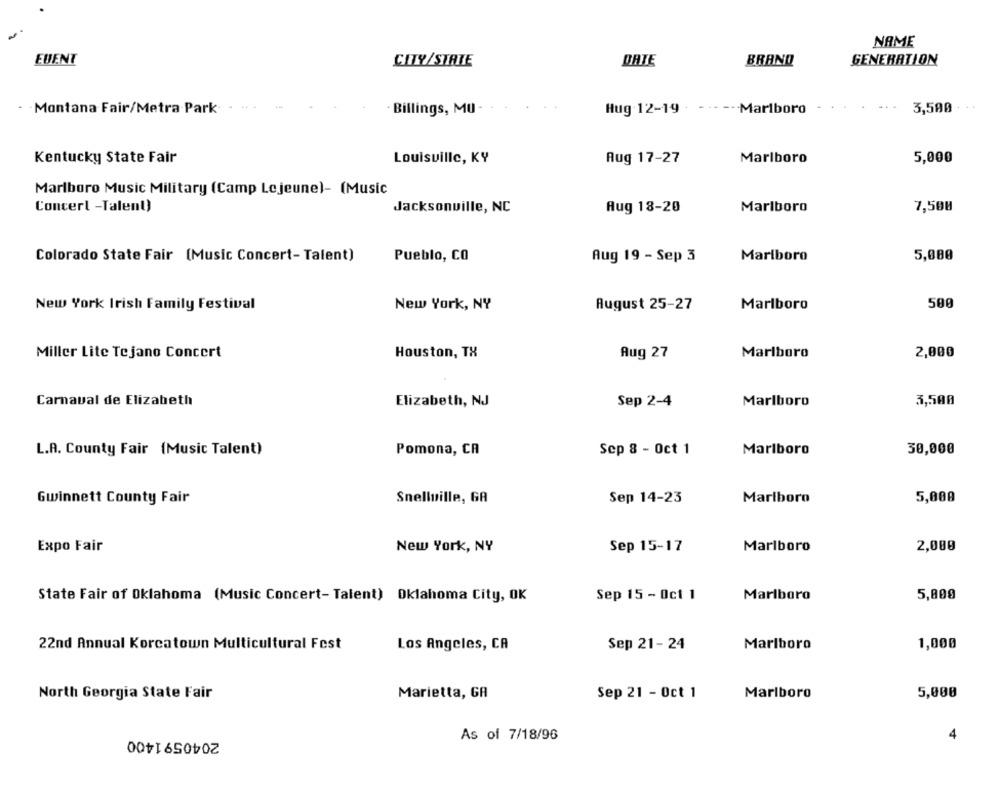
NAME
EUENT
CITY/STRIE
DRIE
BRAND
GENERATION
-Montana Fair/Metra Park
. Billings, MU
Hug 12-19
Marlboro
3,500 +
5,000
Kentucky State Fair
Louisville, KY
Aug 17-27
Marlboro
Marlboro Music Military (Camp Lejeune)- (Music
Concert -Talent)
Jacksonville, NC
Aug 18-20
Marlboro
7,500
Colorado State Fair (Music Concert- Talent)
Pueblo, CO
Aug 19 - Sep 3
Marlboro
5,000
New York Irish Family Festival
New York, NY
August 25-27
Marlboro
500
Miller Lite Tejano Concert
Houston, TX
Aug 27
Marlboro
2,000
Carnaval de Elizabeth
Elizabeth, NJ
Sep 2-4
Marlboro
3,500
L.A. County Fair (Music Talent)
Pomona, CA
Scp 8 - Oct 1
Marlboro
30,000
Snellville, GA
5,000
Gwinnett County Fair
Sep 14-23
Marlboro
2,000
Expo Fair
New York, NY
Sep 15-17
Marlboro
State Fair of Oklahoma (Music Concert- Talent) Oklahoma City, OK
Sep 15 - Oct 1
Marlboro
5,800
22nd Annual Koreatown Multicultural Fest
Los Angeles, CA
Sep 21- 24
Marlboro
1,000
North Georgia State Fair
Marietta, GA
Sep 21 - Oct 1
Marlboro
5,000
2040591400
As of 7/18/96
4